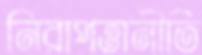
নিরাপত্তানীতি